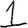
Digit: 1